Preliminary report on an investigation into the etiology of Oriental sore in Cambay - Number 50
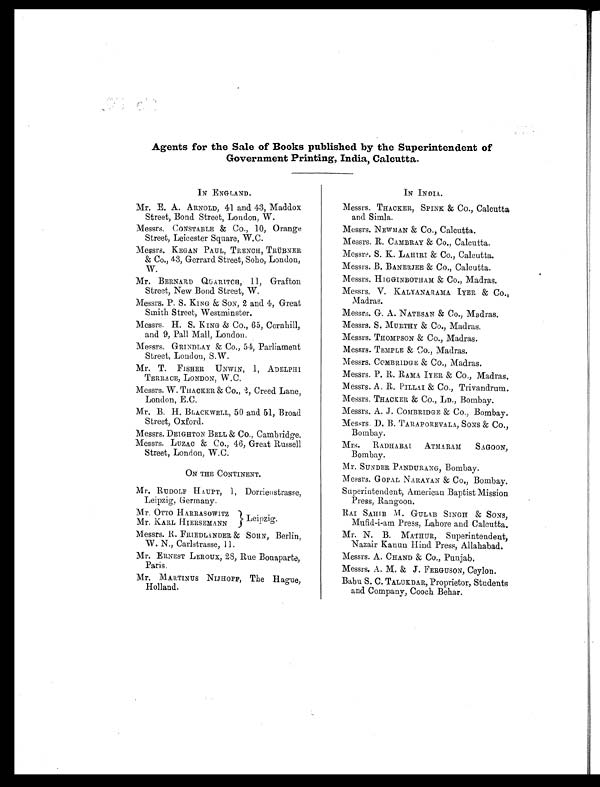
Agents for the Sale of Books published by the Superintendent of
Government Printing, India, Calcutta.
IN ENGLAND.
Mr. E. A. ARNOLD, 41 and 43, Maddox
Street, Bond Street, London, W.
Messrs. CONSTABLE & Co., 10, Orange
Street, Leicester Square, W.C.
Messrs. KEGAN PAUL, TRENCH, TRÜBNER
& Co., 43, Gerrard Street, Soho, London,
W.
Mr. BERNARD QUARITCH, 11, Grafton
Street, New Bond Street, W.
Messrs. P. S. KING & SON, 2 and 4, Great
Smith Street, Westminster.
Messrs. H. S. KING & Co., 65, Cornhill,
and 9, Pall Mall, London.
Messrs. GRINDLAY & Co., 54, Parliament
Street, London, S.W.
Mr. T. FISHER UNWIN, 1, ADELPHI
TERRACE, LONDON, W.C.
Messrs. W. THACKER & Co., 2, Creed Lane,
London, E.C.
Mr. B. H. BLACKWELL, 50 and 51, Broad
Street, Oxford.
Messrs. DEIGHTON BELL & CO., Cambridge.
Messrs. LUZAC & Co., 46, Great Russell
Street, London, W.C.
ON THE CONTINENT.
Mr. RUDOLF HAUPT, 1, Dorrienstrasse,
Leipzig, Germany.
Mr. OTTO HARRASOWITZ Leipzig.
Mr. KARL HIERSEMANN
Messrs. R. FRIEDLANDER & SOHN, Berlin,
W. N., Carlstrasse, 11.
Mr. ERNEST LEROUX, 28, Rue Bonaparte,
Paris.
Mr. MARTINUS NIJHOFF, The Hague,
Holland.
IN INDIA.
Messrs. THACKER, SPINK & Co., Calcutta
and Simla.
Messrs. NEWMAN & Co., Calcutta.
Messrs. R. CAMBRAY & Co., Calcutta.
Messrs. S. K. LAHIRI & Co., Calcutta.
Messrs. B. BANERJEE & CO., Calcutta.
Messrs. HIGGINBOTHAM & CO., Madras.
Messrs. V. KALYANARAMA. IYER & CO.,
Madras.
Messrs. G. A. NATESAN &
. Co. , Madras.
Messrs. S. MURTHY & Co., Madras.
Messrs. THOMPSON & Co., Madras.
Messrs. TEMPLE & Co., Madras.
Messrs. COMBRIDGE & Co., Madras.
Messrs. P. R. RAMA. IYER & Co., Madras.
Messrs. A. R. PILLAI & Co., Trivandrum.
Messrs. THACKER & Co., LD., Bombay.
Messrs. A. J . COMBRIDGE & CO., Bombay.
Messrs. D. B. TARAPOREVALA, SONS & Co.,
Bombay.
Mrs. RADHABAI ATMARAM SAGOON,
Bombay.
Mr. SUNDER PANDURANG, Bombay.
Messrs. GOPAL NARAYAN & Co., Bombay.
Superintendent, American Baptist Mission
Press, Rangoon.
RAI SAHIB M. GULAB SINGH & SONS,
Mufid-i-am Press, Lahore and Calcutta.
Mr. N. B. MATHUR, Superintendent,
Nazair Kanun Hind Press, Allahabad.
Messrs. A. CHAND & Co., Punjab.
Messrs. A. M. & J. FERGUSON, Ceylon.
Babu S. C. TALUKDAR, Proprietor, Students
and Company, Cooch Behar.